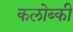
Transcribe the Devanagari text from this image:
कलोब्की